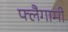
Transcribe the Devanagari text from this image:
फ्लैगामी